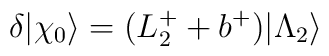
\delta| \chi_0 \rangle = (L^{+}_2 + b^+)| \Lambda_{2} \rangle